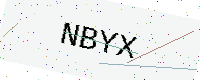
Text: NBYX